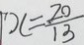
\vert x = \frac { 2 0 } { 1 3 }